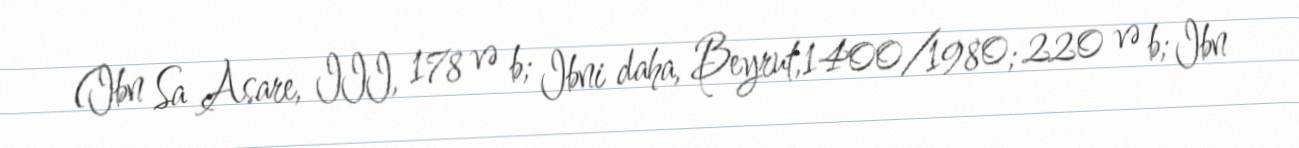
(Ibn Sa Asare, III, 178 və b; Ibni daha, Beyrut,1400/1980; 220 və b; Ibn